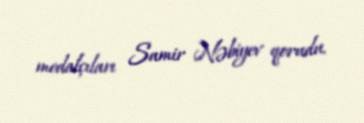
medalçıları Samir Nəbiyev qorudu.